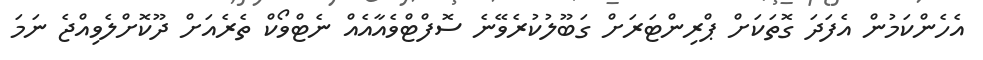
އެހެންކަމުން އެފަދަ ގޮތަކަށް ޕްރިންޓަރަށް ގަބޫލުކުރެވޭނެ ސޮފްޓްވެއާއެއް ނެޓްވޯކް ތެރެއަށް ދޫކޮށްލެވިއްޖެ ނަމަ